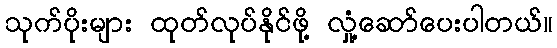
သုက်ပိုးများ ထုတ်လုပ်နိုင်ဖို့ လှုံ့ဆော်ပေးပါတယ်။